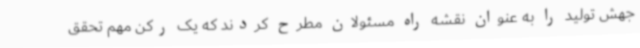
جهش تولید را به عنوان نقشه راه مسئولان مطرح کردند که یک رکن مهم تحقق